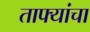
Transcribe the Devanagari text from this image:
ताफ्यांचा